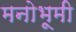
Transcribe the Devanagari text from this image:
मनोभूमी